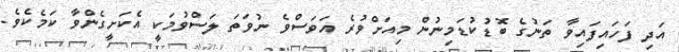
އަދި ފަހައިފައިވާ ތަނުގެ ބޮޑުކުޑަމިނުން މިއަށްވުރެ އަވަސްވެ ނުވަތަ ލަސްވުމަކީ އެކަށީގެންވާ ކަމެކެވެ.